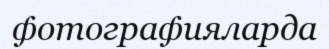
фотографияларда